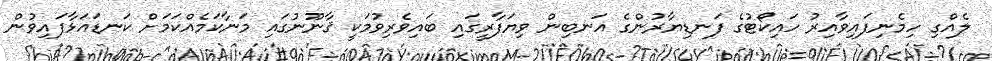
ލެއްގި ހިމެނިފައިވާއިރު ހައިކޯޓުގެ ފަނޑިޔާރުންގެ އަނބިން ވިޔަފާރީގައި ބައިވެރިވުމަކީ ޤާނޫނުގައި މަނާކަމެއްކަމަށް ކަނޑައަޅާފައިވުން